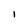
Character: I